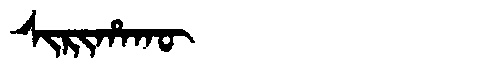
Manchu: ᠰᡳᡵᡳᡥᠠᡴᡡ
Romanization: SIRIHAKŪ